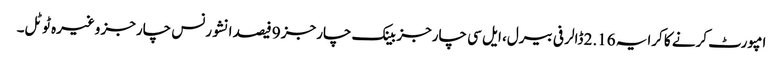
امپورٹ کرنے کا کرایہ 2.16 ڈالر فی بیرل، ایل سی چارجز بینک چارجز 9 فیصد انشورنس چارجز وغیرہ ٹوٹل۔